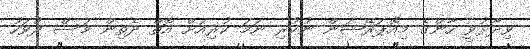
ވިދާޅުވީ ހާންގެ މިއޮޕަރޭޝަން ނުކުރި ނަމަ ކުރިއަށް އޮތް ދެތިން މަސް ދުވަހު